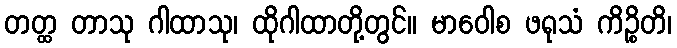
တတ္ထ တာသု ဂါထာသု၊ ထိုဂါထာတို့တွင်။ မာဝေါစ ဖရုသံ ကိဉ္စိတိ၊